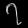
Digit: ၇